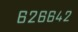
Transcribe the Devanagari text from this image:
६२६६४२